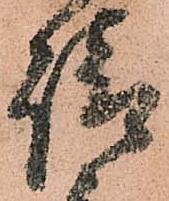
請